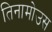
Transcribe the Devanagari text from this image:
तिनामोउस